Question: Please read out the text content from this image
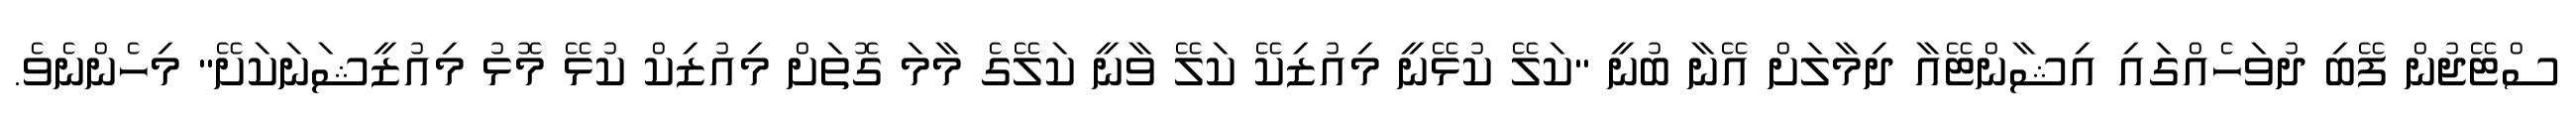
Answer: ސްޓޭޖުން ފޭބި ދުވަހެއްގައި އިޝާންޓޭއާ ދިމާލަށް އޭނާ ބުނީ "ކަލޭ ކުޅޭނީ މިއުޒިކޭ ކަލޭ ވާނީ ކަލޭގެ މާމަ ގޮތަށް މިއުޒިކް ކުޅޭ މޮޅު މިއުޒީޝަނަކަށޭ" މިހެންނެވެ.